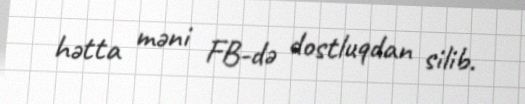
hətta məni FB-də dostluqdan silib.